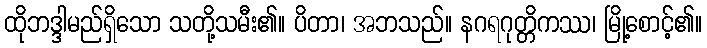
ထိုဘဒ္ဒါမည်ရှိသော သတို့သမီး၏။ ပိတာ၊ အဘသည်။ နဂရဂုတ္တိကဿ၊ မြို့စောင့်၏။